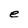
Character: e